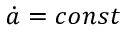
{ \dot { a } } = c o n s t